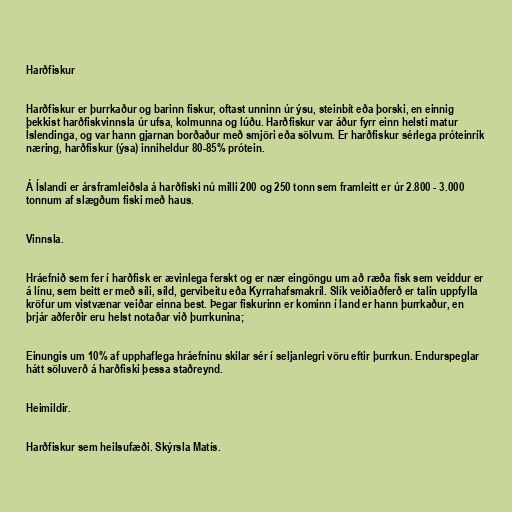
Harðfiskur

Harðfiskur er þurrkaður og barinn fiskur, oftast unninn úr ýsu, steinbít eða þorski, en einnig
þekkist harðfiskvinnsla úr ufsa, kolmunna og lúðu. Harðfiskur var áður fyrr einn helsti matur
Íslendinga, og var hann gjarnan borðaður með smjöri eða sölvum. Er harðfiskur sérlega próteinrík
næring, harðfiskur (ýsa) inniheldur 80-85% prótein.

Á Íslandi er ársframleiðsla á harðfiski nú milli 200 og 250 tonn sem framleitt er úr 2.800 - 3.000
tonnum af slægðum fiski með haus.

Vinnsla.

Hráefnið sem fer í harðfisk er ævinlega ferskt og er nær eingöngu um að ræða fisk sem veiddur er
á línu, sem beitt er með síli, síld, gervibeitu eða Kyrrahafsmakríl. Slík veiðiaðferð er talin uppfylla
kröfur um vistvænar veiðar einna best. Þegar fiskurinn er kominn í land er hann þurrkaður, en
þrjár aðferðir eru helst notaðar við þurrkunina;

Einungis um 10% af upphaflega hráefninu skilar sér í seljanlegri vöru eftir þurrkun. Endurspeglar
hátt söluverð á harðfiski þessa staðreynd.

Heimildir.

Harðfiskur sem heilsufæði. Skýrsla Matís.